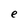
Character: e